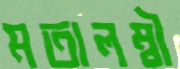
মতালম্বী